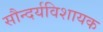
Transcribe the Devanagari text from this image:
सौन्दर्यविशायक